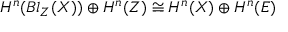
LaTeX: H ^ { n } ( B l _ { Z } ( X ) ) \oplus H ^ { n } ( Z ) \cong H ^ { n } ( X ) \oplus H ^ { n } ( E )